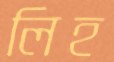
লিহ